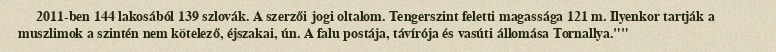
2011-ben 144 lakosából 139 szlovák. A szerzői jogi oltalom. Tengerszint feletti magassága 121 m. Ilyenkor tartják a muszlimok a szintén nem kötelező, éjszakai, ún. A falu postája, távírója és vasúti állomása Tornallya.""